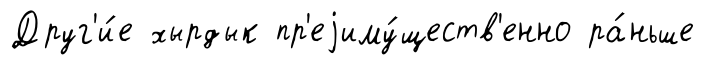
Друг'и́е хырдык пр'еjиму́ществ'енно ра́ньше